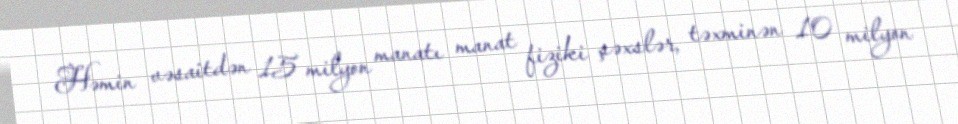
Həmin vəsaitdən 15 milyon manatı manat fiziki şəxslər, təxminən 10 milyon